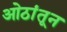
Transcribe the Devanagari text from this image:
ओठांतून